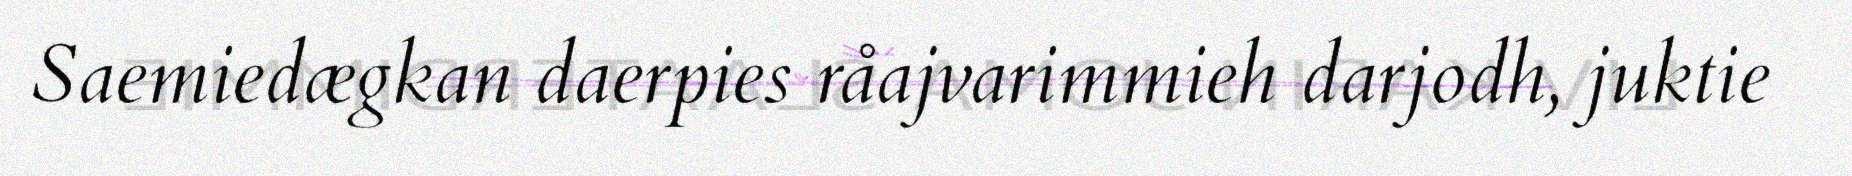
Saemiedægkan daerpies råajvarimmieh darjodh, juktie